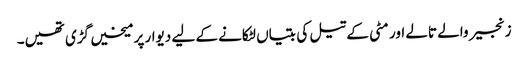
زنجیر والے تالے اور مٹی کے تیل کی بتیاں لٹکانے کے لیے دیوار پر میخیں گڑی تھیں۔